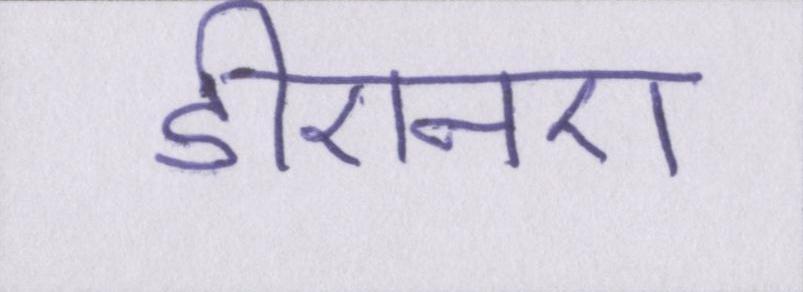
डीएनए